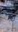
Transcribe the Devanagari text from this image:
मॅरो